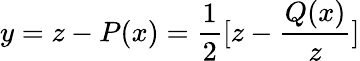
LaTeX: y=z-P(x)=\frac{1}{2}[z-\frac{Q(x)}{z}]